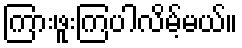
ကြားဖူးကြပါလိမ့်မယ်။